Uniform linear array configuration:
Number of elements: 4
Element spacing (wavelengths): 0.25
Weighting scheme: kaiser
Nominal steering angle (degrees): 45
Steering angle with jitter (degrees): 45.662
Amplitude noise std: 0.05
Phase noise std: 0.05

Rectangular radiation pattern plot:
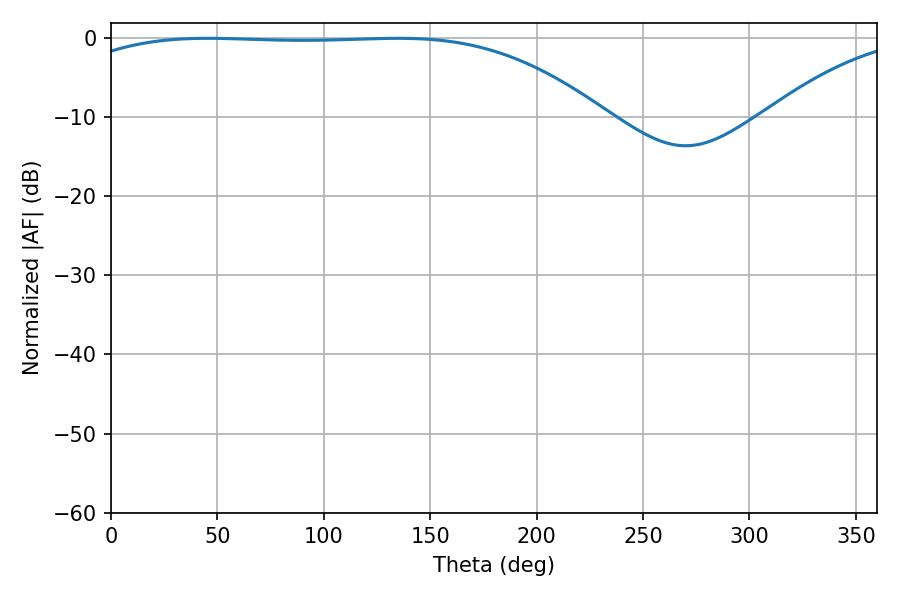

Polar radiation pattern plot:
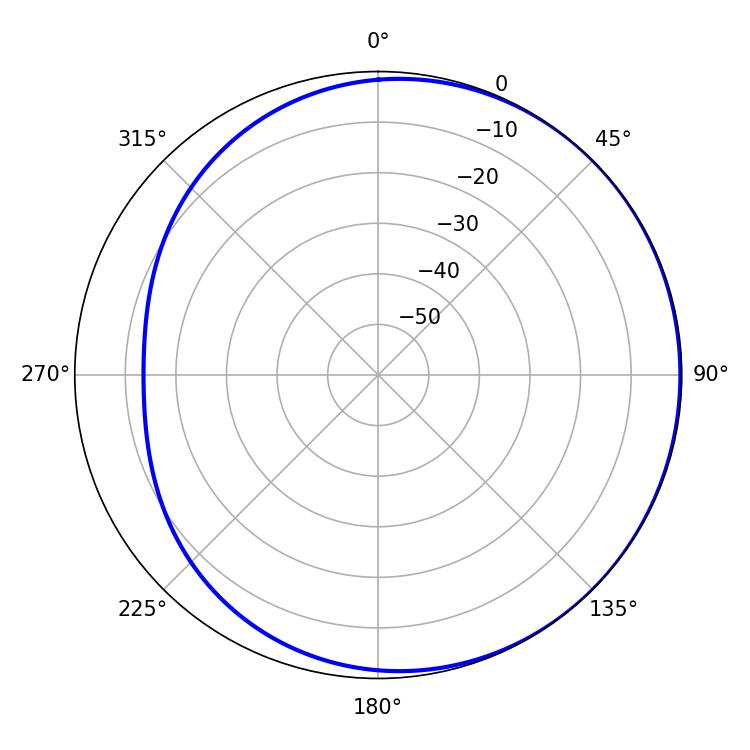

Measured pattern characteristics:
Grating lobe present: FALSE
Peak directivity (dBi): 0.8986
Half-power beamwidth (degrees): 193.86
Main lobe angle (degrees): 45.36